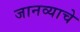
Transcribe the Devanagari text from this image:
जानव्याचे